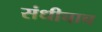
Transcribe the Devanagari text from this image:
संधीचाच